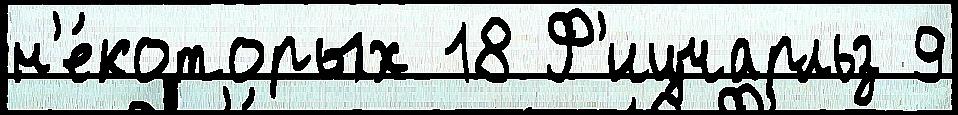
н'е́которых 18 Ф'ицчарльз 9